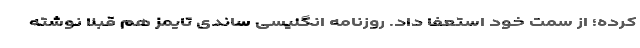
کرده؛ از سمت خود استعفا داد. روزنامه انگلیسی ساندی تایمز هم قبلا نوشته